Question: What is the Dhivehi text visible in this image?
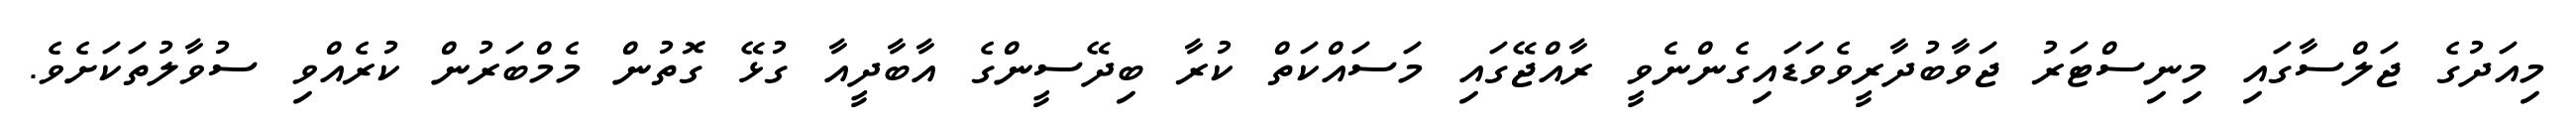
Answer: މިއަދުގެ ޖަލްސާގައި މިނިސްޓަރު ޖަވާބުދާރީވެވަޑައިގެންނެވީ ރާއްޖޭގައި މަސައްކަތް ކުރާ ބިދޭސީންގެ އާބާދީއާ ގުޅޭ ގޮތުން މެމްބަރުން ކުރެއްވި ސުވާލުތަކަށެވެ.